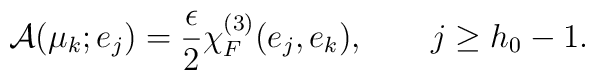
{\cal A}(\mu_k;e_j)={\epsilon\over 2} \chi^{(3)}_F(e_j,e_k), \qquad j\ge h_0-1.